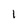
Character: 1